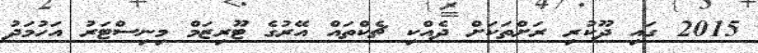
2015 ގައި ދޫކުރި ރަށްތަކަށް ދެއްކި ޗެކްތައް އޭރުގެ ޓޫރިޒަމް މިނިސްޓަރު އަހުމަދު